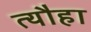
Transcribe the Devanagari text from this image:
त्यौहा